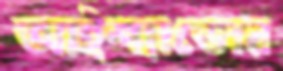
আইশ্যাডোর